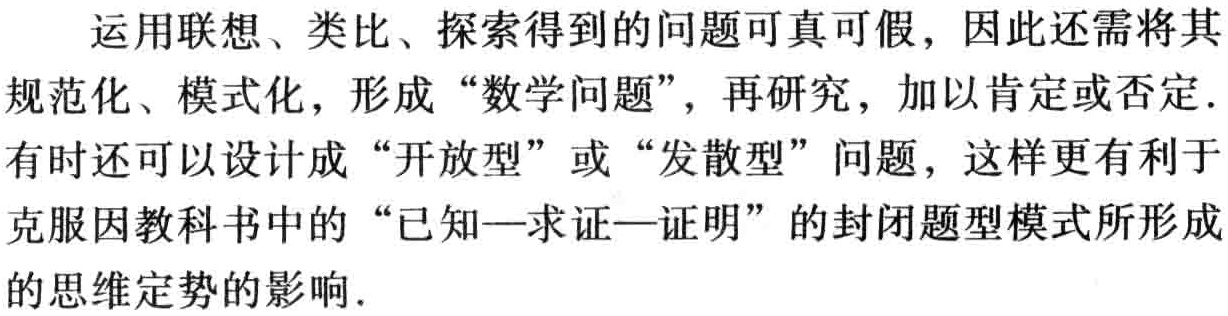
运用联想、类比、探索得到的问题可真可假，因此还需将其规范化、模式化，形成“数学问题”，再研究，加以肯定或否定. 有时还可以设计成“开放型”或“发散型”问题，这样更有利于克服因教科书中的“已知—求证—证明”的封闭题型模式所形成的思维定势的影响.